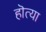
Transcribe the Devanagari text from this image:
हॊत्या